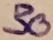
Text: 30